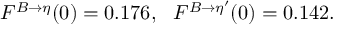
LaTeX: F ^ { B \to \eta } ( 0 ) = 0 . 1 7 6 , ~ ~ F ^ { B \to \eta ^ { \prime } } ( 0 ) = 0 . 1 4 2 .